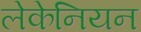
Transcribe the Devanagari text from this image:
लेकेनियन